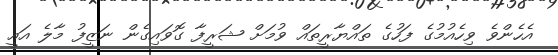
އެހެންވެ ވިހެއުމުގެ ފަހުގެ ތައްޔާރީތައް ވުމަށް ޝަރީފާ ގޮވައިގެން ނަޒީފު މާލެ އައީ